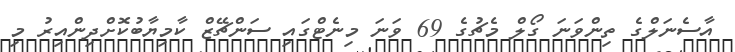
އާސެނަލްގެ ތިންވަނަ ގޯލް މެޗުގެ 69 ވަނަ މިނެޓްގައި ސަންޗޭޒް ކާމިޔާބުކޮށްދިންއިރު މި